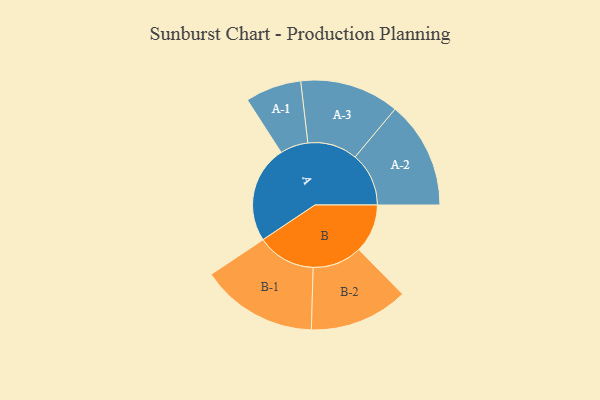
{"axis": {"x": "Segment", "y": "Value"}, "legend": ["", "A", "B"], "data": [{"x": "A", "y": 368, "type": ""}, {"x": "B", "y": 184, "type": ""}, {"x": "A-1", "y": 106, "type": "A"}, {"x": "A-2", "y": 203, "type": "A"}, {"x": "A-3", "y": 188, "type": "A"}, {"x": "B-1", "y": 221, "type": "B"}, {"x": "B-2", "y": 187, "type": "B"}]}